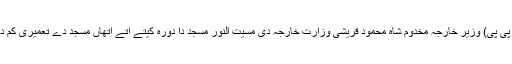
27 جون (اے پی پی) وزیر خارجہ مخدوم شاہ محمود قریشی وزارت خارجہ دی مسیت النور مسجد دا دورہ کیتے اتے اتھاں مسجد دے تعمیری کم دا جائزہ گھدے۔